Civil Veterinary Department Bihar & Orissa reports 1929-36 - 1929-1936
Year: 1929
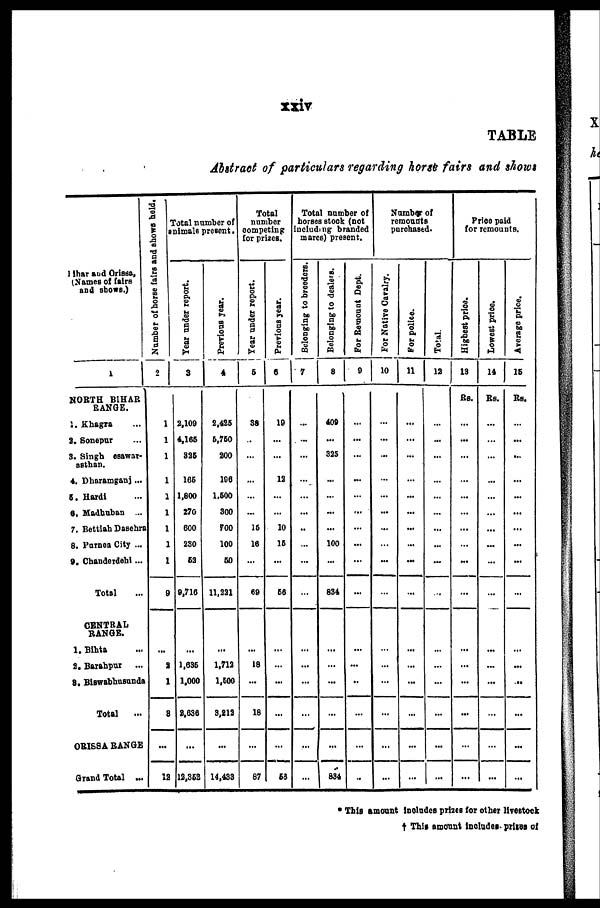
xxiv
TABLE
Abstract of particulars regarding horse fairs and shows
Bihar and Orissa,
(Names of fairs
and shows.)
1
NORTH BIHAR
RANGE.
1. Khagra ...
2. Sonepur ...
3. Singh esawar-
asthan.
4. Dharamganj ...
5. Hardi ...
6. Madhuban ...
7. Bettiah Dasehra
8. Purnea City ...
9. Chanderdehi ...
Total
CENTRAL
RANGE.
1. Bihta ...
2. Barahpur
...
3. Biswabhusunda
Total
...
ORISSA RANGE
Grand Total ...
Number of horse fairs and shows held.
2
1
1
1
1
1
1
1
1
1
9
...
2
1
8
...
13
Total number of
animals present.
Year under report.
3
2,109
4,165
325
165
1,500
270
600
230
52
9,716
...
1,035
1,000
2,636
...
12,352
Previous year.
4
2,425
6,760
200
196
1,500
300
700
100
50
11,221
...
1,713
1,600
3,212
...
14,433
Total
number
competing
for prizes.
Year under report.
5
38
...
...
...
...
...
15
16
...
69
...
18
...
18
...
87
Previous year.
6
19
...
...
12
...
...
10
15
...
56
...
...
...
...
...
58
Total number of
horses stock (not
including branded
mares) present.
Belonging to breeders.
7
...
...
...
...
...
...
...
...
...
...
...
...
...
...
...
Belonging to dealers.
8
409
...
325
...
...
...
...
100
...
834
...
...
...
...
...
834
For Remount Dept.
9
...
...
...
...
...
...
...
...
...
...
...
...
...
...
...
...
Number of
remounts
purchased.
For Native Cavalry.
10
...
...
...
...
...
...
...
...
...
...
...
...
...
...
...
For police.
11
...
...
...
...
...
...
...
...
...
...
...
...
...
...
...
...
Total.
12
...
...
...
...
...
...
...
...
...
...
...
...
...
...
...
...
Price paid
for remounts.
Highest price.
13
Rs.
...
...
...
...
...
...
...
...
~
...
...
...
...
...
...
...
Lowest price.
14
Rs.
...
...
...
...
...
...
...
...
...
...
...
...
...
...
...
...
Average price.
16
Rs.
...
...
...
...
...
...
...
...
...
...
...
...
...
...
...
...
* This amount includes prizes for other livestock
† This amount Includes- price of